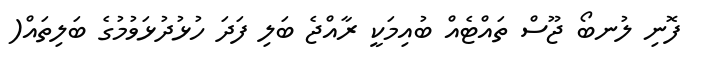
ފޮނި ލުނބޯ ޖޫސް ތައްޓެއް ބުއިމަކީ ރާއްޖެ ބަލި ފަދަ ހުޅުދުޅަވުމުގެ ބަލިތައް(